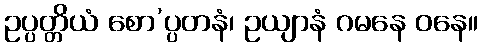
ဥပ္ပတ္တိယံ စော’ပ္ပတနံ၊ ဥယျာနံ ဂမနေ ဝနေ။